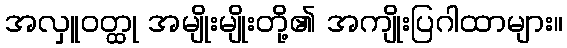
အလှူဝတ္ထု အမျိုးမျိုးတို့၏ အကျိုးပြဂါထာများ။